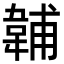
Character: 䪔